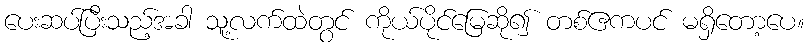
ပေးဆပ်ပြီးသည့်အခါ သူ့လက်ထဲတွင် ကိုယ်ပိုင်မြေဆို၍ တစ်ဧကပင် မရှိတော့ပေ။